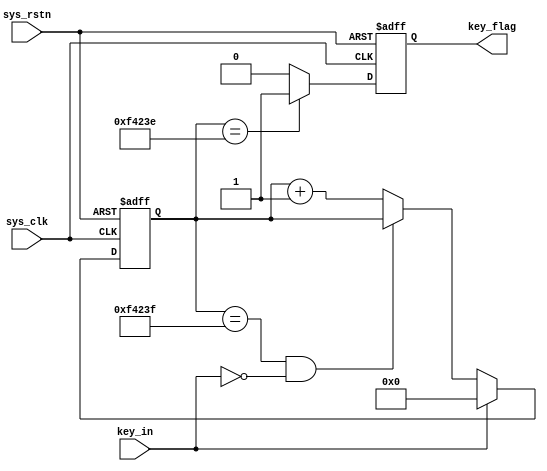
module key_filter
#(
parameter CNT_MAX = 20'd999_999 
)
(
	input 	wire 				sys_clk 	, 
	input 	wire 				sys_rstn 	, 
	input 	wire 				key_in 		, 

	output 	reg 				key_flag 
);

			reg 	[19:0] 		cnt_20ms 	; 


always@(posedge sys_clk or negedge sys_rstn)begin
	if(!sys_rstn)
		cnt_20ms <= 20'b0;
	else if(key_in == 1'b1)
		cnt_20ms <= 20'b0;
	else if(cnt_20ms == CNT_MAX && key_in == 1'b0)
		cnt_20ms <= cnt_20ms;
	else
		cnt_20ms <= cnt_20ms + 1'b1;
end

always@(posedge sys_clk or negedge sys_rstn)begin
	if(!sys_rstn)
		key_flag <= 1'b0;
	else if(cnt_20ms == CNT_MAX - 1'b1)
		key_flag <= 1'b1;
	else
		key_flag <= 1'b0;
end
endmodule